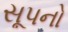
સૂપનો